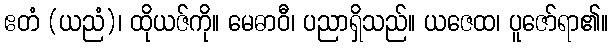
ဧတံ (ယညံ)၊ ထိုယဇ်ကို။ မေဓာဝီ၊ ပညာရှိသည်။ ယဇေထ၊ ပူဇော်ရာ၏။